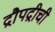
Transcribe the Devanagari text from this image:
द्रौपद्रीची